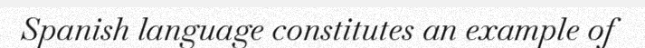
Spanish language constitutes an example of